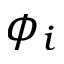
\phi _ { i }